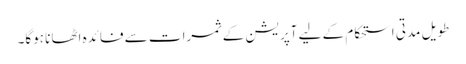
طویل مدتی استحکام کے لیے آپریشن کے ثمرات سے فائدہ اٹھانا ہوگا۔